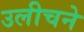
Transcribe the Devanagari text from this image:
उलीचने